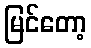
မြင်တော့